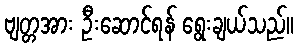
ဗျတ္တအား ဦးဆောင်ရန် ရွေးချယ်သည်။